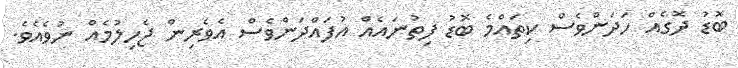
ބޮޑު ދޮގެއް ހަދަންވެސް ކިތައްމެ ބޮޑު ފިތުނައެއް އުފައްދަންވެސް އެވެރިން ޖެހިލުމެއް ނުވެއެވެ.